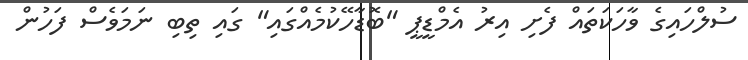
ސުލްހައިގެ ވާހަކަތައް ފެށި އިރު އެމްޑީޕީ "ބޮޑާހޭކުމެއްގައި" ގައި ތިބި ނަމަވެސް ފަހުން